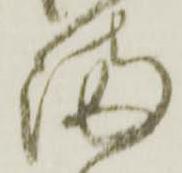
満